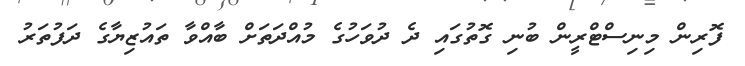
ފޮރިން މިނިސްޓްރީން ބުނި ގޮތުގައި ދެ ދުވަހުގެ މުއްދަތަށް ބާއްވާ ތައުޒިޔާގެ ދަފުތަރު